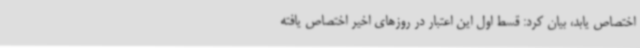
اختصاص یابد، بیان کرد: قسط اول این اعتبار در روزهای اخیر اختصاص یافته